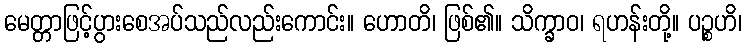
မေတ္တာဖြင့်ပွားစေအပ်သည်လည်းကောင်း။ ဟောတိ၊ ဖြစ်၏။ သိက္ခာဝ၊ ရဟန်းတို့။ ပဉ္စဟိ၊